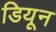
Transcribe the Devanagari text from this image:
डियून